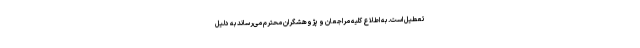
تعطیل است. به اطلاع کلیه مراجعان و پژوهشگران محترم می‌رساند به دلیل